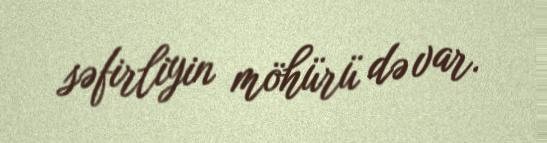
səfirliyin möhürü də var.